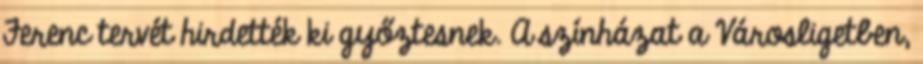
Ferenc tervét hirdették ki győztesnek. A színházat a Városligetben,